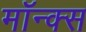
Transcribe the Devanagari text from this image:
मॉन्क्स